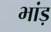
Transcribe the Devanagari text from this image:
भांड़